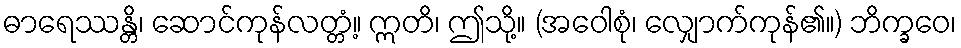
ဓာရေဿန္တိ၊ ဆောင်ကုန်လတ္တံ့။ ဣတိ၊ ဤသို့။ (အဝေါစုံ၊ လျှောက်ကုန်၏။) ဘိက္ခဝေ၊